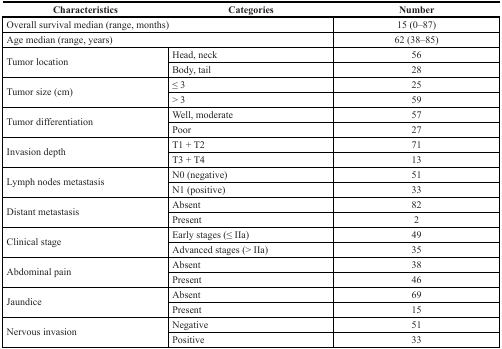
<table><thead><tr><td><b>Characteristics</b></td><td><b>Categories</b></td><td><b>Number</b></td></tr></thead><tbody><tr><td colspan="2">Overall survival median (range, months)</td><td>15 (0–87)</td></tr><tr><td colspan="2">Age median (range, years)</td><td>62 (38–85)</td></tr><tr><td rowspan="2">Tumor location</td><td>Head, neck</td><td>56</td></tr><tr><td>Body, tail</td><td>28</td></tr><tr><td rowspan="2">Tumor size (cm)</td><td>≤ 3</td><td>25</td></tr><tr><td>&gt; 3</td><td>59</td></tr><tr><td rowspan="2">Tumor differentiation</td><td>Well, moderate</td><td>57</td></tr><tr><td>Poor</td><td>27</td></tr><tr><td rowspan="2">Invasion depth</td><td>T1 + T2</td><td>71</td></tr><tr><td>T3 + T4</td><td>13</td></tr><tr><td rowspan="2">Lymph nodes metastasis</td><td>N0 (negative)</td><td>51</td></tr><tr><td>N1 (positive)</td><td>33</td></tr><tr><td rowspan="2">Distant metastasis</td><td>Absent</td><td>82</td></tr><tr><td>Present</td><td>2</td></tr><tr><td rowspan="2">Clinical stage</td><td>Early stages (≤ IIa)</td><td>49</td></tr><tr><td>Advanced stages (&gt; IIa)</td><td>35</td></tr><tr><td rowspan="2">Abdominal pain</td><td>Absent</td><td>38</td></tr><tr><td>Present</td><td>46</td></tr><tr><td rowspan="2">Jaundice</td><td>Absent</td><td>69</td></tr><tr><td>Present</td><td>15</td></tr><tr><td rowspan="2">Nervous invasion</td><td>Negative</td><td>51</td></tr><tr><td>Positive</td><td>33</td></tr></tbody></table>